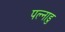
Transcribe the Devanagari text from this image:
पल्नाडु